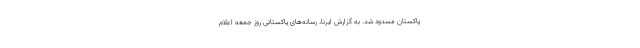
پاکستان مسدود شد. به گزارش ایرنا، رسانه‌های پاکستانی روز جمعه اعلام